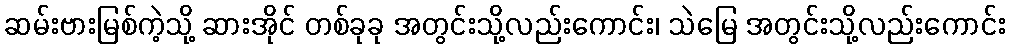
ဆမ်းဗားမြစ်ကဲ့သို့ ဆားအိုင် တစ်ခုခု အတွင်းသို့လည်းကောင်း၊ သဲမြေ အတွင်းသို့လည်းကောင်း